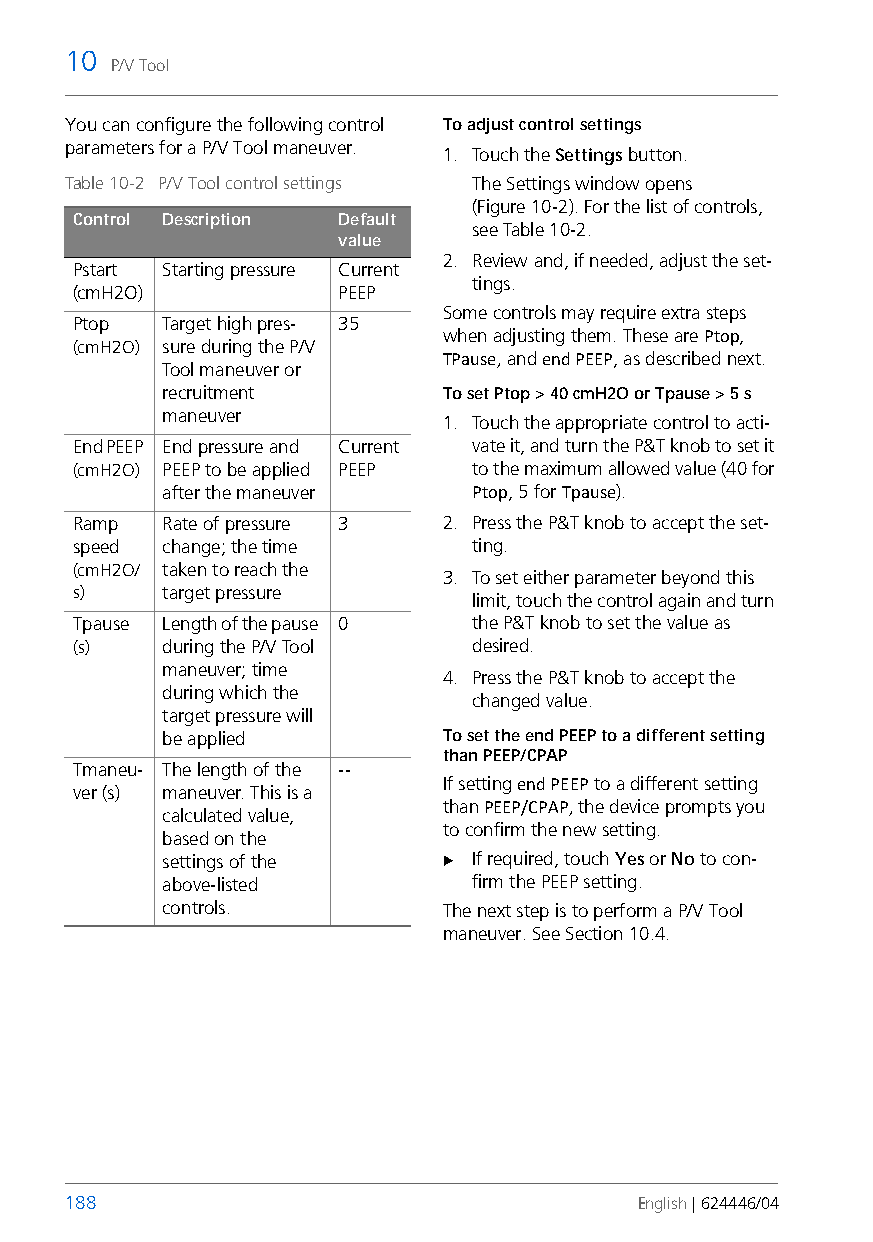
10
 P/V Tool
 You can configure the following control To adjust control settings
 parameters for a P/V Tool maneuver. 1. Touch the Settings button.
 Table 10-2 P/V Tool control settings The Settings window opens
 (Figure10-2). For the list of controls,
 Control Description Default
 see Table 10-2.
 value
 2. Review and, if needed, adjust the set-
 Pstart Starting pressure Current
 tings.
 (cmH2O)           PEEP
 Some controls may require extra steps
 Ptop  Target high pres- 35
 when adjusting them. These are Ptop,
 (cmH2O) sure during the P/V
 TPause, and end PEEP, as described next.
 Tool maneuver or
 recruitment       To set Ptop > 40 cmH2O or Tpause > 5 s
 maneuver
 1. Touch the appropriate control to acti-
 End PEEP End pressure and Current vate it, and turn the P&T knob to set it
 (cmH2O) PEEP to be applied PEEP to the maximum allowed value (40 for
 after the maneuver  Ptop, 5 for Tpause).
 Ramp  Rate of pressure 3 2. Press the P&T knob to accept the set-
 speed change; the time    ting.
 (cmH2O/ taken to reach the
 3. To set either parameter beyond this
 s)    target pressure
 limit, touch the control again and turn
 Tpause Length of the pause 0 the P&T knob to set the value as
 (s)   during the P/V Tool desired.
 maneuver; time
 4. Press the P&T knob to accept the
 during which the
 changed value.
 target pressure will
 be applied        To set the end PEEP to a different setting
 than PEEP/CPAP
 Tmaneu- The length of the --
 If setting end PEEP to a different setting
 ver (s) maneuver. This is a
 than PEEP/CPAP, the device prompts you
 calculated value,
 to confirm the new setting.
 based on the
 settings of the    If required, touch Yes or No to con-
 above-listed        firm the PEEP setting.
 controls.         The next step is to perform a P/V Tool
 maneuver. See Section 10.4.
 188                                   English | 624446/04